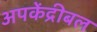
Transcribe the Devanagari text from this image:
अपकेंद्रीबल